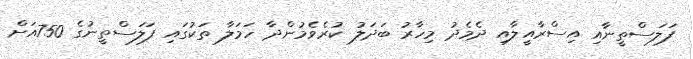
ފަލަސްތީނާއި އިސްރާއީލާއި ދެމެދު މިހާރު ބަދަލު ކުރެވެމުންދާ ހަމަލާ ތަކުގައި ފަލަސްތީނުގެ 750އަށް